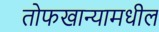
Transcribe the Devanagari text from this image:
तोफखान्यामधील